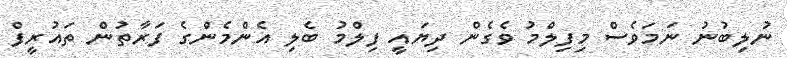
ނުލިބުނު ނަމަވެސް މިފިލްމު ވެގެން ދިޔައީ ފިލްމު ބެލި އެންމެންގެ ފަރާތުން ތައުރީފް